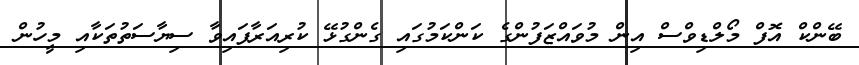
ބޭންކް އޮފް މޯލްޑިވްސް އިން މުވައްޒަފުންގެ ކަންކަމުގައި ގެންގުޅޭ ކުރިއަރާފައިވާ ސިޔާސަތުތަކާއި މީހުން